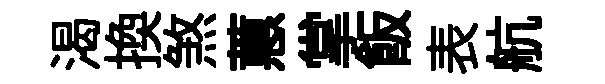
渴换煞蕙掌飯表航